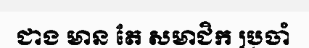
ជាង មាន តែ សមាជិក ប្រចាំ